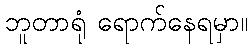
ဘူတာရုံ ရောက်နေရမှာ။